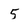
Character: 5